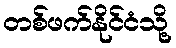
တစ်ဖက်နိုင်ငံသို့